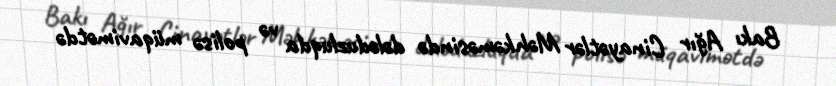
Bakı Ağır Cinayətlər Məhkəməsində dələduzluqda və polisə müqavimətdə